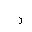
Letter: _ra